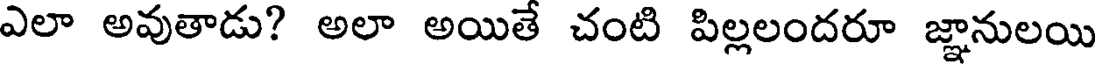
ఎలా అవుతాడు? అలా అయితే చంటి పిల్లలందరూ జ్ఞానులయి